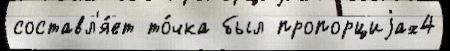
составл'я́ет то́чка был пропорциjах4